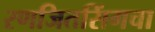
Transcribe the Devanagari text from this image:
रणजितसिंगचा